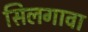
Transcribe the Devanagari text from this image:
सिलगावा